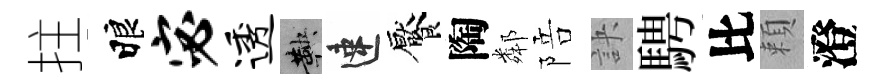
拄睱宓透鞅速饜陶鄰陪訣騁比頼澄